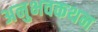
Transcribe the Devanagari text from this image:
अनुभवकथन